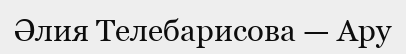
Әлия Телебарисова — Ару